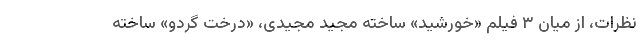
نظرات، از میان ۳ فیلم «خورشید» ساخته مجید مجیدی، «درخت گردو» ساخته